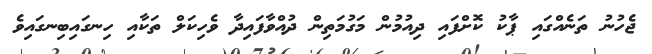
ޖެހުނު ތަނެއްގައި ޕާކު ކޮށްފައި ދިއުމުން މަގުމަތިން ދުއްވާފައިދާ ވެހިކަލް ތަކާއި ހިނގައިބިނގައިވެ